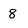
Character: 8